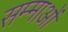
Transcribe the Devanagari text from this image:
सम्माओं